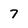
Character: 7